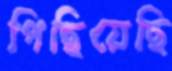
পিছিয়েছি